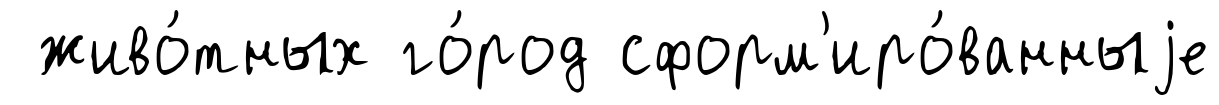
живо́тных го́род сформ'иро́ванныjе